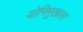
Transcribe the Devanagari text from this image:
योनिमुखाला